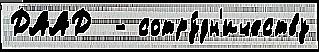
ДААД  - сотру́дн'ичеству